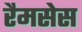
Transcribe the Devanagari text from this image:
रैमसेस